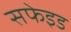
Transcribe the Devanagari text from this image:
सफेइड